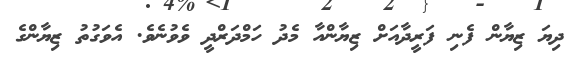
ދިޔަ ޒިޔާން ފެނި ފަރީދާއަށް ޒިޔާންއާ މެދު ހަމްދަރްދީ ވެވުނެވެ. އެވަގުތު ޒިޔާންގެ